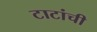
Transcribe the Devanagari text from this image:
टाटांची